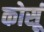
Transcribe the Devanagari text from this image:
कोर्सू